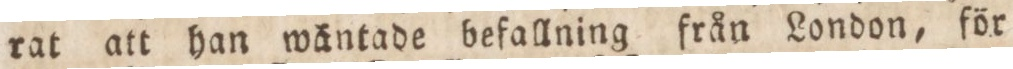
rat att han wäntade befallning från London, för